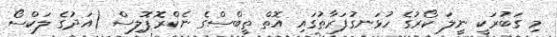
މި ގަބުރަކީ ނީލަ ކޯރުގެ ހުޅަނގުފަރާތުގައި އޮތް ތީބްސްގެ ނެކްރޮޕޮލިސް (އަދުގެ ލަކްސޯ